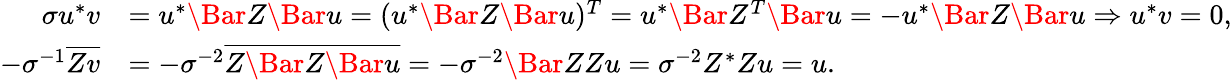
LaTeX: \begin{array}{rl}{\sigma u^{\ast}v}&{=u^{\ast}\Bar Z\Bar u=(u^{\ast}\Bar Z\Bar u)^{T}=u^{\ast}\Bar Z^{T}\Bar u=-u^{\ast}\Bar Z\Bar u\Rightarrow u^{\ast}v=0,}\\ {-\sigma^{-1}\overline{{Zv}}}&{=-\sigma^{-2}\overline{{Z\Bar Z\Bar u}}=-\sigma^{-2}\Bar ZZu=\sigma^{-2}Z^{\ast}Zu=u.}\end{array}